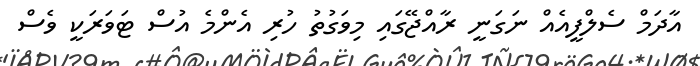
އާދަމް ސެލްފީއެއް ނަގަނީ ރާއްޖޭގައި މިވަގުތު ހުރި އެންމެ އުސް ޓަވަރަކީ ވެސް